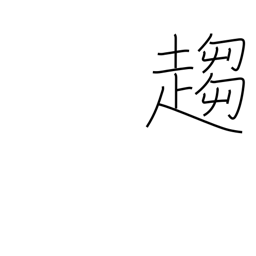
Meaning: tend towards